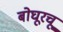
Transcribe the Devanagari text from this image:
बोघूरचू